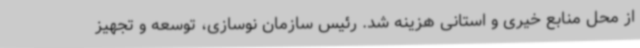
از محل منابع خیری و استانی هزینه شد. رئیس سازمان نوسازی، توسعه و تجهیز